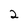
Character: 2